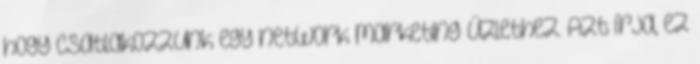
hogy csatlakozzunk egy network marketing üzlethez. Azt írja, ez